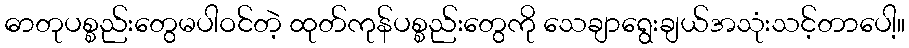
ဓာတုပစ္စည်းတွေမပါဝင်တဲ့ ထုတ်ကုန်ပစ္စည်းတွေကို သေချာရွေးချယ်အသုံးသင့်တာပေါ့။